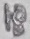
Text: 18